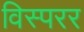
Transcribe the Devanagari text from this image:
विस्परर